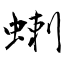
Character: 蝲